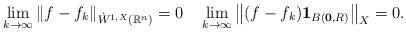
LaTeX: \begin{align*}\lim_{k\to\infty}\left\|f-f_k\right\|_{\dot{W}^{1,X}(\mathbb{R}^n)}=0\quad\lim_{k\to\infty}\left\|(f-f_k)\mathbf{1}_{B({\bf 0},R)}\right\|_X=0.\end{align*}